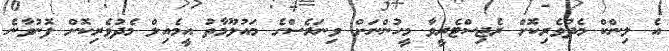
އެ ލިންކް މެދުވެރިކޮށް ރެޖިސްޓެރީވާ މީހުންނަށް ވިނަރެސްގެ މައުލޫމާތު އީމެއިލް މެދުވެރިކޮށް ފޮނުވާނެ